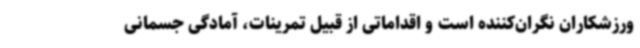
ورزشکاران نگران‌کننده است و اقداماتی از قبیل تمرینات، آمادگی جسمانی